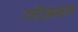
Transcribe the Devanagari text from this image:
गॉटफ़्राइड